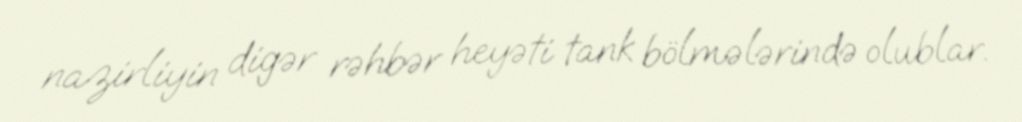
nazirliyin digər rəhbər heyəti tank bölmələrində olublar.